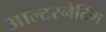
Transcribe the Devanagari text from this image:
आल्टरनेटिंग